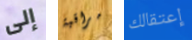
إلى مراقبة إعتقالك